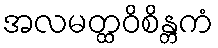
အလမတ္ထဝိစိန္တကံ